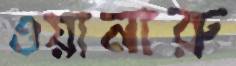
ওয়ানারু